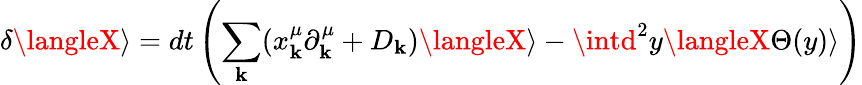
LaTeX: \delta\langleX\rangle=dt\left(\sum_{\mathbf{k}}(x_{\mathbf{k}}^{\mu}\partial_{\mathbf{k}}^{\mu}+D_{\mathbf{k}})\langleX\rangle-\intd^{2}y\langleX\Theta(y)\rangle\right)